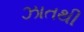
ઝાતથી